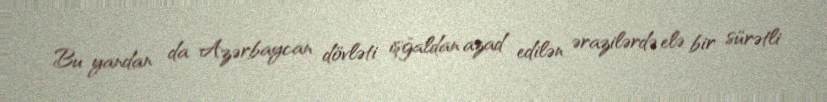
Bu yandan da Azərbaycan dövləti işğaldan azad edilən ərazilərdə elə bir sürətli